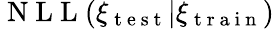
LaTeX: \mathrm{~N~L~L~}(\xi_{\mathrm{~t~e~s~t~}}|\xi_{\mathrm{~t~r~a~i~n~}})